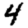
Digit: 4